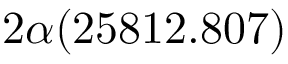
2 \alpha ( 2 5 8 1 2 . 8 0 7 )